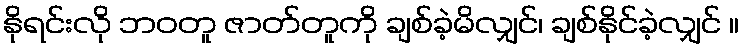
နိုရင်းလို ဘဝတူ ဇာတ်တူကို ချစ်ခဲ့မိလျှင်၊ ချစ်နိုင်ခဲ့လျှင် ။